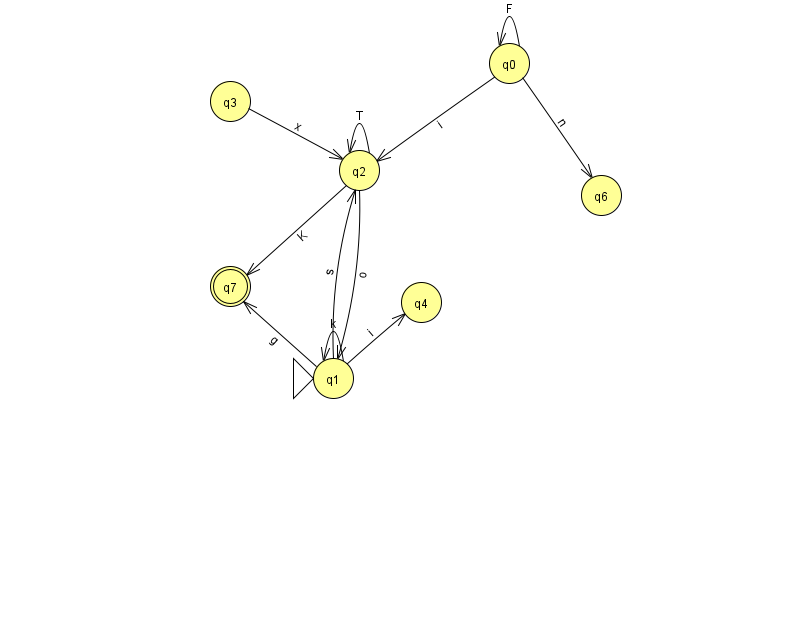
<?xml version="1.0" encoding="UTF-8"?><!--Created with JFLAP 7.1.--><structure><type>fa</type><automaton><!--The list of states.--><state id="0" name="q0"><x>509.0</x><y>50.0</y></state><state id="1" name="q1"><x>333.0</x><y>365.0</y><initial/></state><state id="2" name="q2"><x>359.0</x><y>157.0</y></state><state id="3" name="q3"><x>230.0</x><y>88.0</y></state><state id="4" name="q4"><x>421.0</x><y>289.0</y></state><state id="6" name="q6"><x>601.0</x><y>182.0</y></state><state id="7" name="q7"><x>230.0</x><y>273.0</y><final/></state><!--The list of transitions.--><transition><from>0</from><to>2</to><read>i</read></transition><transition><from>2</from><to>1</to><read>o</read></transition><transition><from>3</from><to>2</to><read>x</read></transition><transition><from>1</from><to>7</to><read>g</read></transition><transition><from>2</from><to>2</to><read>T</read></transition><transition><from>0</from><to>0</to><read>F</read></transition><transition><from>2</from><to>7</to><read>K</read></transition><transition><from>1</from><to>4</to><read>i</read></transition><transition><from>1</from><to>1</to><read>k</read></transition><transition><from>0</from><to>6</to><read>n</read></transition><transition><from>1</from><to>2</to><read>s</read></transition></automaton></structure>